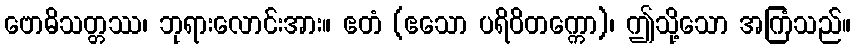
ဗောဓိသတ္တဿ၊ ဘုရားလောင်းအား။ ဧတံ (ဧသော ပရိဝိတက္ကော)၊ ဤသို့သော အကြံသည်။